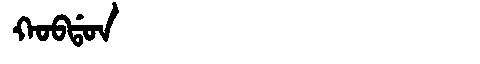
Manchu: ᡴᠣᠪᡩᠣᠨ
Romanization: KOBDON